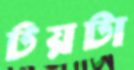
টয়টা